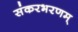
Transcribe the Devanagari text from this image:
संकरभरणम्